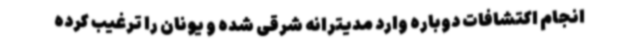
انجام اکتشافات دوباره وارد مدیترانه شرقی شده و یونان را ترغیب کرده